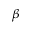
\beta